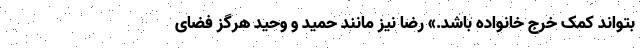
بتواند کمک خرج خانواده باشد.» رضا نیز مانند حمید و وحید هرگز فضای